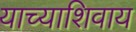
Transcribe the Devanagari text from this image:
याच्याशिवाय